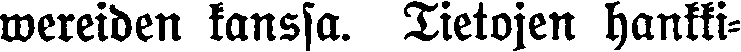
wereiden kanssa. Tietojen hankki-